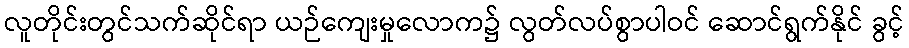
လူတိုင်းတွင်သက်ဆိုင်ရာ ယဉ်ကျေးမှုလောက၌ လွတ်လပ်စွာပါဝင် ဆောင်ရွက်နိုင် ခွင့်